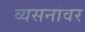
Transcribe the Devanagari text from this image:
व्यसनांवर